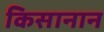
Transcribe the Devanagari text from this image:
किसानान